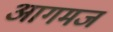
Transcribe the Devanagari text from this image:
आगमज